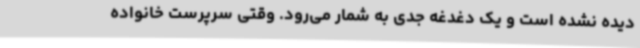
دیده نشده است و یک دغدغه جدی به شمار می‌رود. وقتی سرپرست خانواده